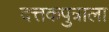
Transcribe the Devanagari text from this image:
दत्तकपुत्राला